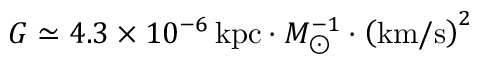
G \simeq 4 . 3 \times 1 0 ^ { - 6 } \, \mathrm { k p c } \cdot M _ { \odot } ^ { - 1 } \cdot \left( \mathrm { k m / s } \right) ^ { 2 }